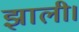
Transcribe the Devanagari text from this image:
झाली।